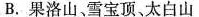
B.果洛山、雪宝顶、太白山